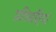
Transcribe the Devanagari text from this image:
प्रविशष्टियां